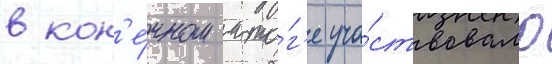
в кон'е́чном ито́г'е уча́ствовало